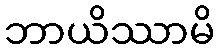
ဘာယိဿာမိ